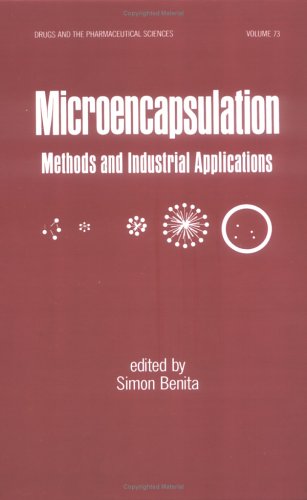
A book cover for Microencapsulation: Methods and Industrial Applications (Drugs and the Pharmaceutical Sciences); Medical Books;